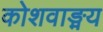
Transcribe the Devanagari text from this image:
कोशवाङ्मय